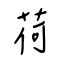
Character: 荷